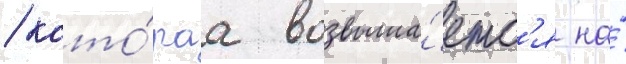
/ кото́раа возвыша́етс'я на́